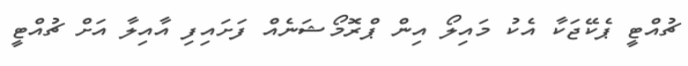
ޗުއްޓީ ޕެކޭޖަކާ އެކު މައިލޯ އިން ޕްރޮމޯޝަނެއް ފަށައިފި އާއިލާ އަށް ޗުއްޓީ